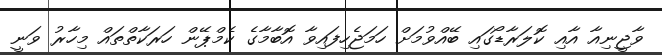
ވާޖީނިއާ އާއި ކޮލަރާޑޯގައި ބޭއްވުމަށް ހަމަޖެހިފައިވާ އޮބާމާގެ ކެމްޕޭން ހަރަކާތްތައް މިހާރު ވަނީ